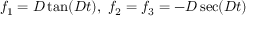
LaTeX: f _ { 1 } = D \tan ( D t ) , \, \, f _ { 2 } = f _ { 3 } = - D \sec ( D t )